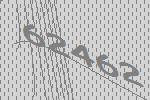
62462